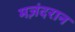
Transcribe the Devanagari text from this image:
मज़ंदरान